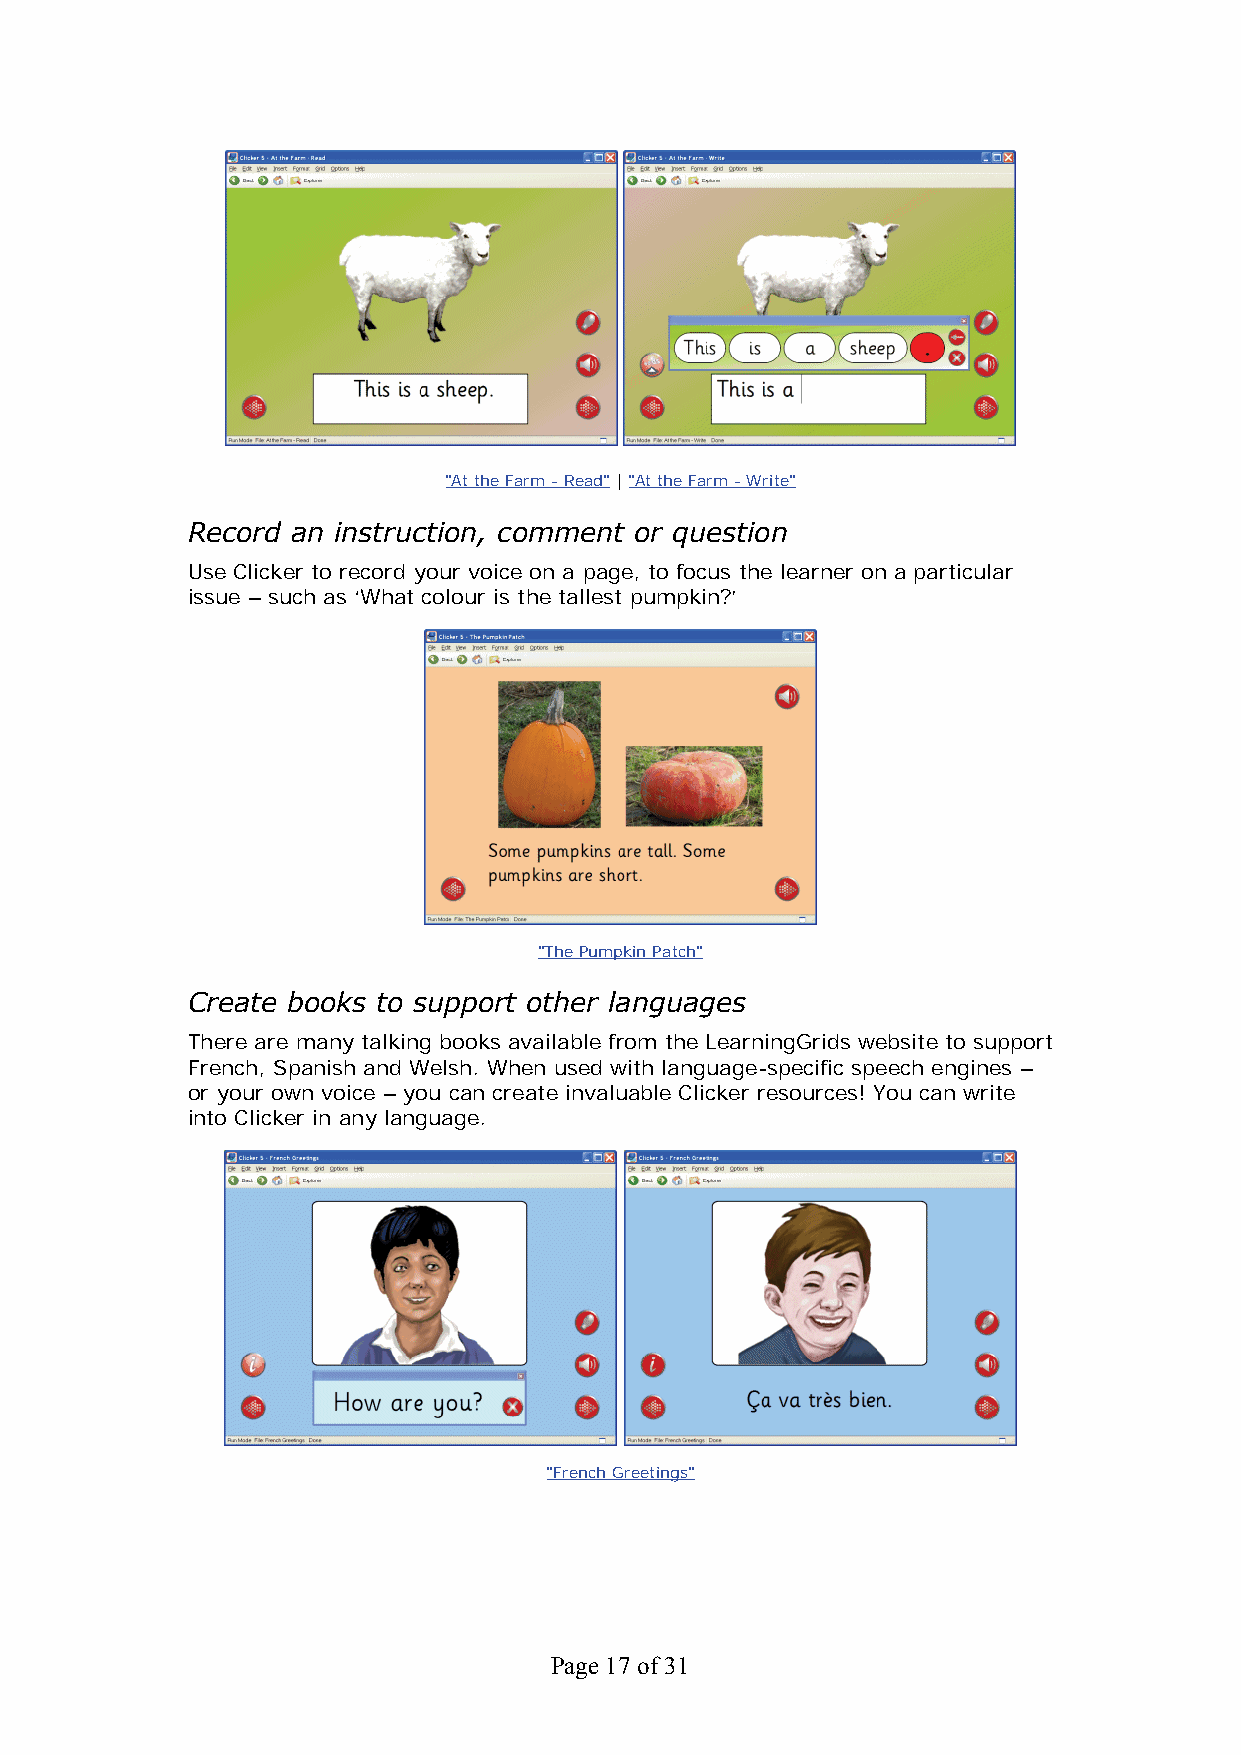
"At the Farm - Read" | "At the Farm - Write"
 Record an instruction, comment or question
 Use Clicker to record your voice on a page, to focus the learner on a particular
 issue – such as ‘What colour is the tallest pumpkin?’
 "The Pumpkin Patch"
 Create books to support other languages
 There are many talking books available from the LearningGrids website to support
 French, Spanish and Welsh. When used with language-specific speech engines –
 or your own voice – you can create invaluable Clicker resources! You can write
 into Clicker in any language.
 "French Greetings"
 Page 17 of 31